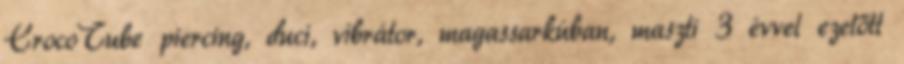
CrocoTube piercing, duci, vibrátor, magassarkúban, maszti 3 évvel ezelőtt